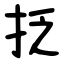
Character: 抸